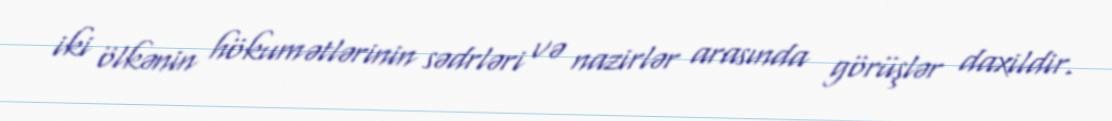
iki ölkənin hökumətlərinin sədrləri və nazirlər arasında görüşlər daxildir.